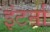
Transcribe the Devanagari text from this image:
इंटर्ना